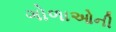
ગોળાઓની